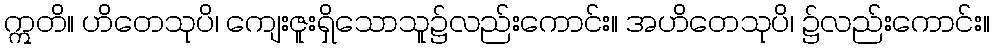
ဣတိ။ ဟိတေသုပိ၊ ကျေးဇူးရှိသောသူ၌လည်းကောင်း။ အဟိတေသုပိ၊ ၌လည်းကောင်း။